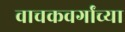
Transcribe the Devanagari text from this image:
वाचकवर्गांच्या